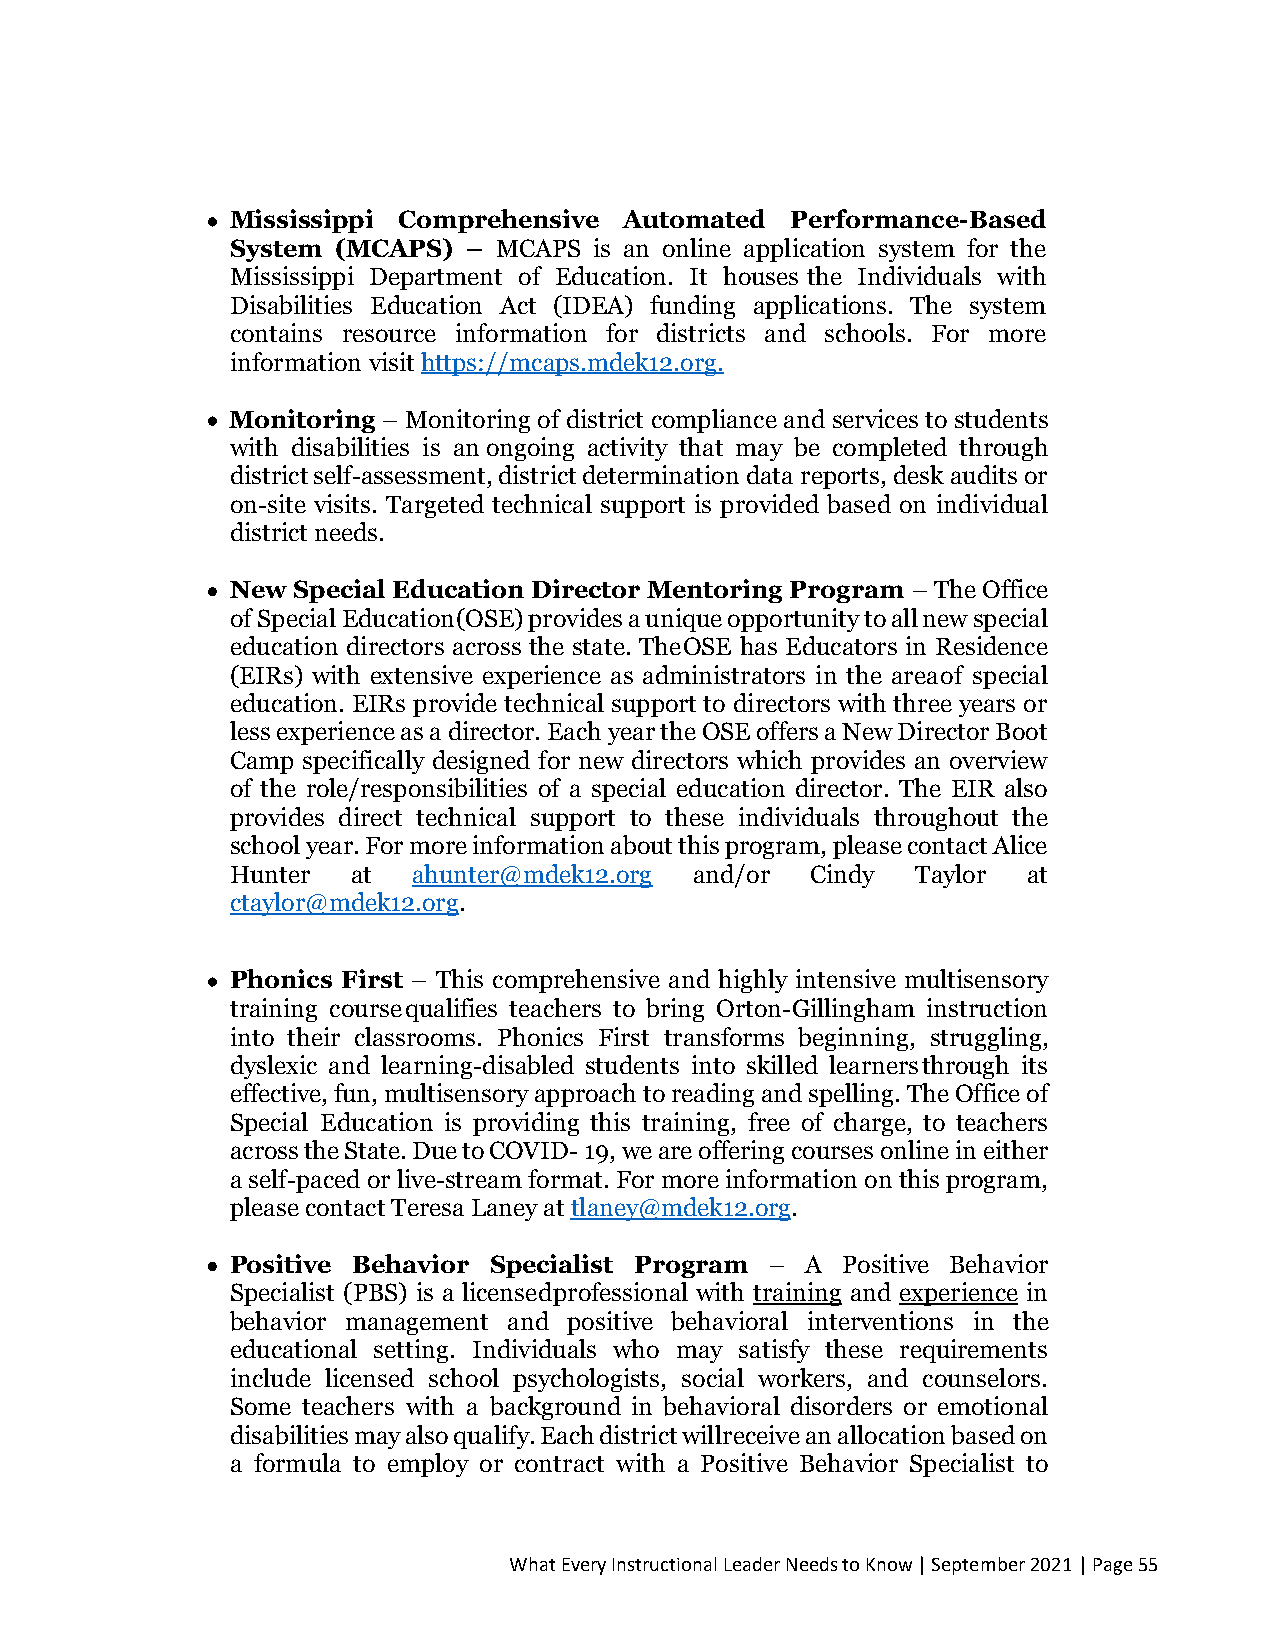
• Mississippi Comprehensive Automated Performance-Based
 System (MCAPS)  – MCAPS is an online application system for the
 Mississippi Department of Education. It houses the Individuals with
 Disabilities Education Act (IDEA) funding applications. The system
 contains resource information for districts and schools. For more
 information visit https://mcaps.mdek12.org.
 • Monitoring – Monitoring of district compliance and services to students
 with disabilities is an ongoing activity that may be completed through
 district self-assessment, district determination data reports, desk audits or
 on-site visits. Targeted technical support is provided based on individual
 district needs.
 • New Special Education Director Mentoring Program – The Office
 of Special Education (OSE) provides a unique opportunity to all new special
 education directors across the state. The OSE has Educators in Residence
 (EIRs) with extensive experience as administrators in the area of special
 education. EIRs provide technical support to directors with three years or
 less experience as a director. Each year the OSE offers a New Director Boot
 Camp specifically designed for new directors which provides an overview
 of the role/responsibilities of a special education director. The EIR also
 provides direct technical support to these individuals throughout the
 school year. For more information about this program, please contact Alice
 Hunter  at  ahunter@mdek12.org and/or  Cindy  Taylor at
 ctaylor@mdek12.org.
 • Phonics First – This comprehensive and highly intensive multisensory
 training course qualifies teachers to bring Orton-Gillingham instruction
 into their classrooms. Phonics First transforms beginning, struggling,
 dyslexic and learning-disabled students into skilled learners through its
 effective, fun, multisensory approach to reading and spelling. The Office of
 Special Education is providing this training, free of charge, to teachers
 across the State. Due to COVID- 19, we are offering courses online in either
 a self-paced or live-stream format. For more information on this program,
 please contact Teresa Laney at tlaney@mdek12.org.
 • Positive Behavior Specialist Program – A Positive Behavior
 Specialist (PBS) is a licensed professional with training and experience in
 behavior management and positive behavioral interventions in the
 educational setting. Individuals who may satisfy these requirements
 include licensed school psychologists, social workers, and counselors.
 Some teachers with a background in behavioral disorders or emotional
 disabilities may also qualify. Each district will receive an allocation based on
 a formula to employ or contract with a Positive Behavior Specialist to
 What Every Instructional Leader Needs to Know | September 2021 | Page 55